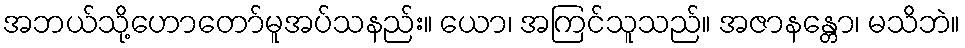
အဘယ်သို့ဟောတော်မူအပ်သနည်း။ ယော၊ အကြင်သူသည်။ အဇာနန္တော၊ မသိဘဲ။